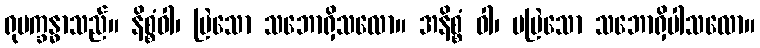
ရုပက္ခန္ဓာသည်။ နိစ္စံဝါ၊ မြဲသော သဘောရှိသလော။ အနိစ္စံ ဝါ၊ မမြဲသော သဘောရှိပါသလော။